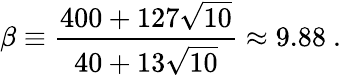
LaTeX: \beta\equiv{\frac{400+127\sqrt{10}}{40+13\sqrt{10}}}\approx 9.88~.